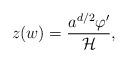
LaTeX: \begin{align*}z(w) = \frac{a^{d/2} \varphi'}{{\cal H}},\end{align*}